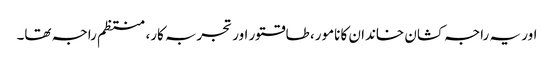
اور یہ راجہ کشان خاندان کا نامور، طاقتور اور تجربہ کار، منتظم راجہ تھا۔